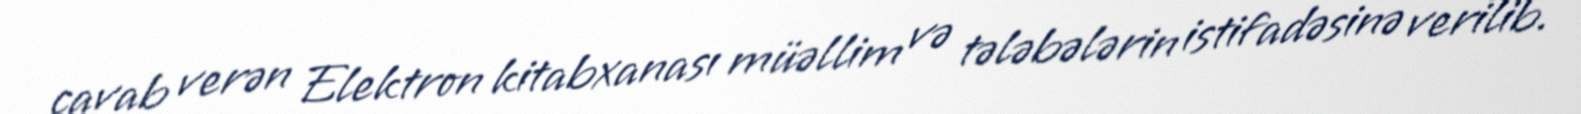
cavab verən Elektron kitabxanası müəllim və tələbələrin istifadəsinə verilib.